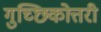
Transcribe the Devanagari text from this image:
गुच्छिकोत्तरी